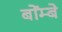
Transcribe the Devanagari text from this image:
बोंम्बे